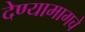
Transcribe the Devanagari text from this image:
देण्यामागचे